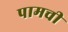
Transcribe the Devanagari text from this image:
पामची